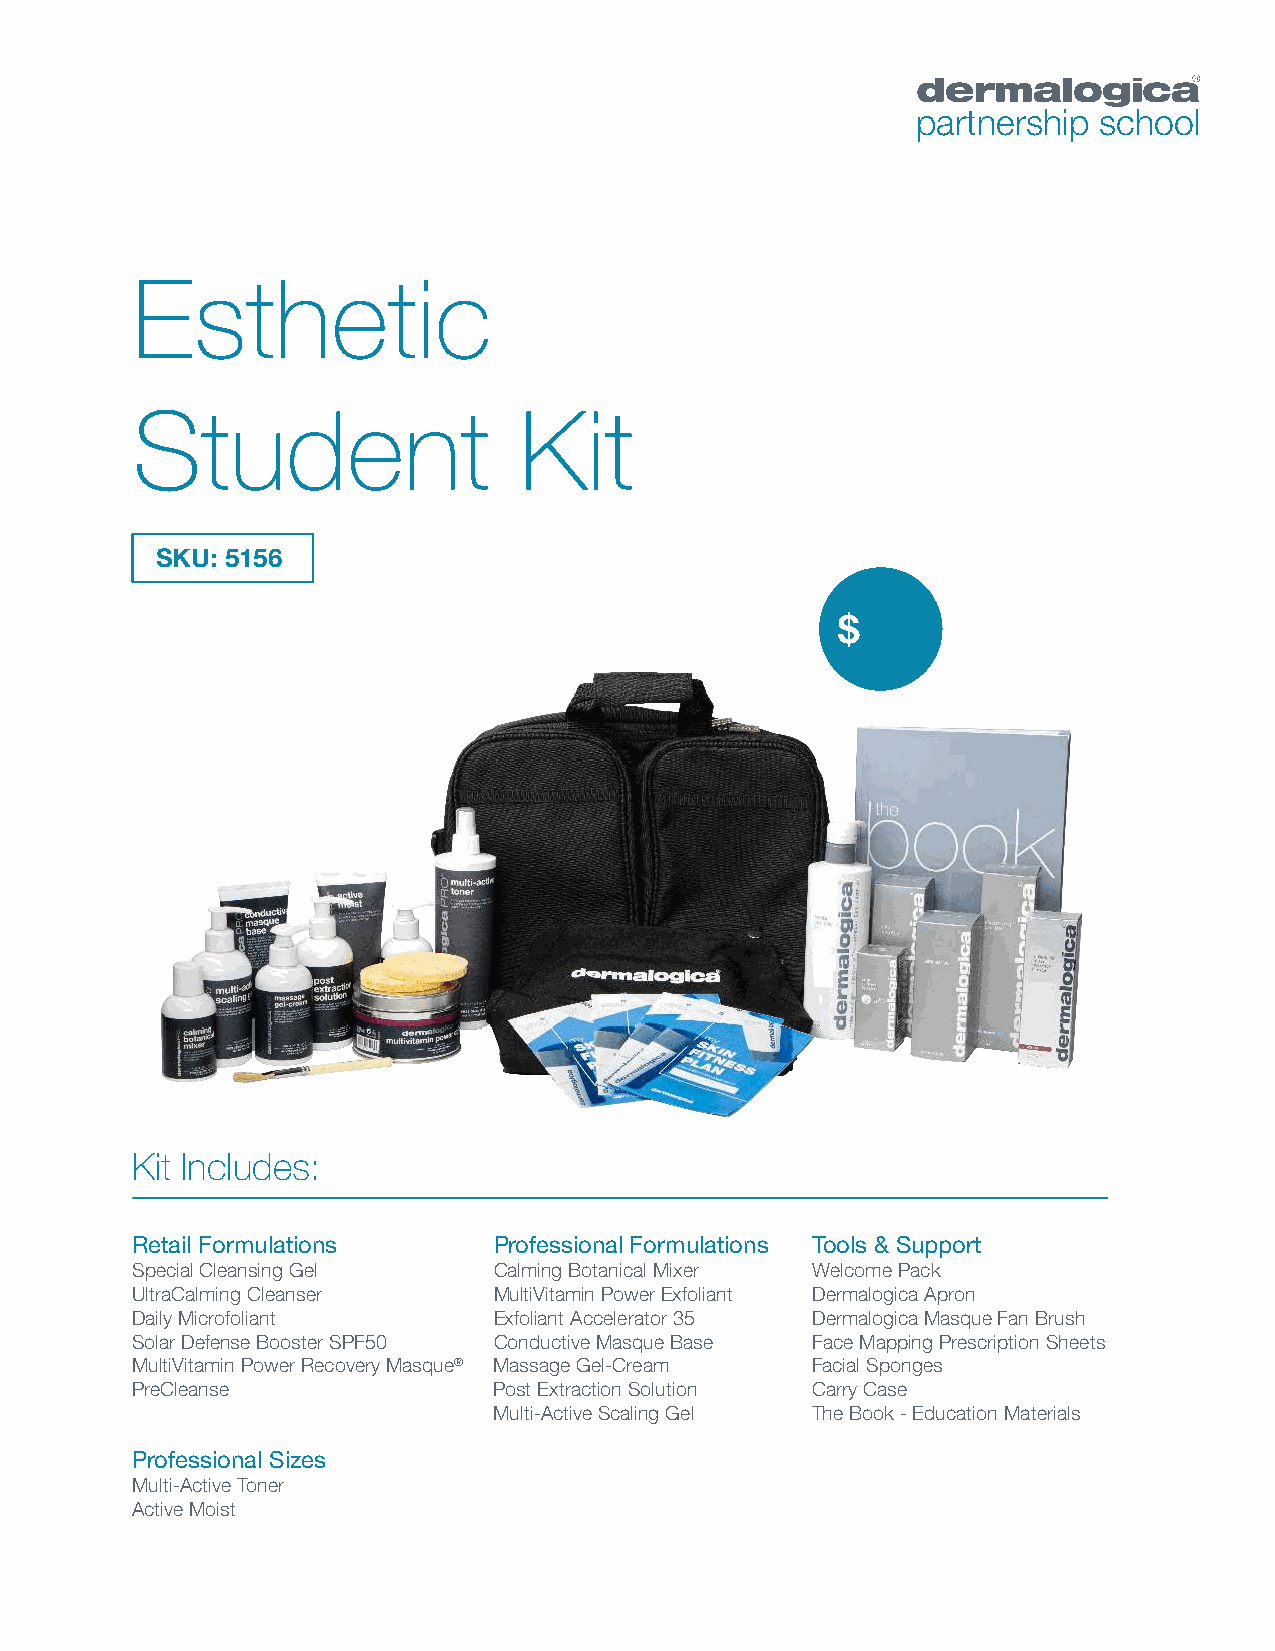
partnership school
 Esthetic
 Student                  Kit
 SKU: 5156
 $
 Kit Includes:
 Retail Formulations     Professional Formulations Tools & Support
 Special Cleansing Gel   Calming Botanical Mixer Welcome Pack
 UltraCalming Cleanser   MultiVitamin Power Exfoliant Dermalogica Apron
 Daily Microfoliant      Exfoliant Accelerator 35 Dermalogica Masque Fan Brush
 Solar Defense Booster SPF50 Conductive Masque Base Face Mapping Prescription Sheets
 MultiVitamin Power Recovery Masque® Massage Gel-Cream Facial Sponges
 PreCleanse              Post Extraction Solution Carry Case
 Multi-Active Scaling Gel The Book - Education Materials
 Professional Sizes
 Multi-Active Toner
 Active Moist